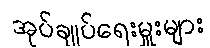
အုပ်ချုပ်ရေးမှူးများ